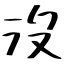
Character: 沒